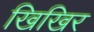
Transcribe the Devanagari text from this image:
खिखिर